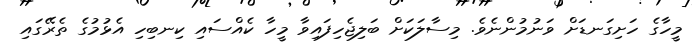
މީހާގެ ހަށިގަނޑަށް ވަނުމުންނެވެ. މިސާލަކަށް ބަލިޖެހިފައިވާ މީހާ ކެއްސައި ކިނބިހި އެޅުމުގެ ތެރޭގައި